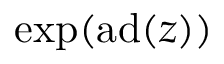
\exp ( \mathrm { a d } ( z ) )